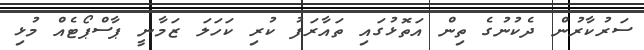
ސަރުކާރުން ދެކުނުގެ ތިން އަތޮޅުގައި ތައާރަފު ކުރި ކަހަލަ ޒަމާނީ ޕާސްޕޯޓެއް މުޅި